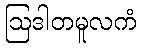
ဩဒါတမူလကံ